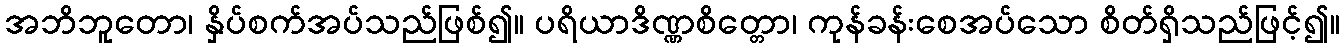
အဘိဘူတော၊ နှိပ်စက်အပ်သည်ဖြစ်၍။ ပရိယာဒိဏ္ဏစိတ္တော၊ ကုန်ခန်းစေအပ်သော စိတ်ရှိသည်ဖြင့်၍။